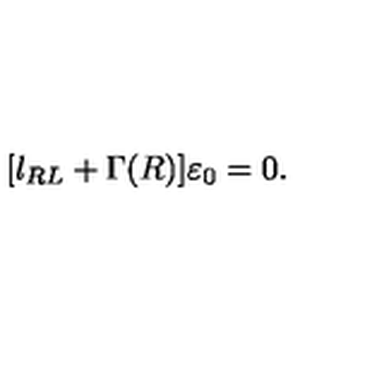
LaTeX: [ l _ { R L } + \Gamma ( R ) ] \varepsilon _ { 0 } = 0 .